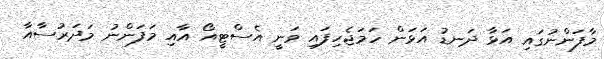
މާފަންނުގައި އަޅާ ދަނޑު އަޅަން ހަމަޖެހިފައި ވަނީ އެސްޓީއޯ އާއި މަފަންނު މަދަރުސާއާ